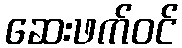
ဆေးဖက်ဝင်